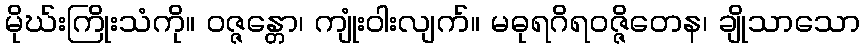
မိုဃ်းကြိုးသံကို။ ဝဇ္ဇန္တော၊ ကျုံးဝါးလျက်။ မဓုရဂိရဝဇ္ဇိတေန၊ ချိုသာသော